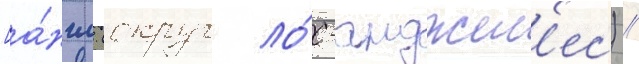
[а́нгл. (округ ло́с-анджел'ес) //